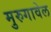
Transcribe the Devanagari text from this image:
मुरुगावेल